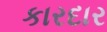
કારદાર